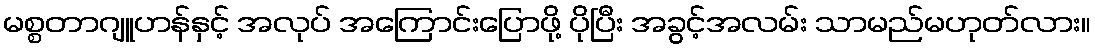
မစ္စတာဂျူဟန်နှင့် အလုပ် အကြောင်းပြောဖို့ ပိုပြီး အခွင့်အလမ်း သာမည်မဟုတ်လား။